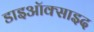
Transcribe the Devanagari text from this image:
डाइऑक्साइद